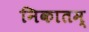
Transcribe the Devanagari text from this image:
निकातम्